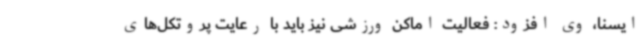
ایسنا، وی افزود: فعالیت اماکن ورزشی نیز باید با رعایت پروتکل‌های